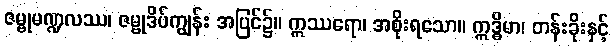
ဇမ္ဗုမဏ္ဍလဿ၊ ဇမ္ဗုဒိပ်ကျွန်း အပြင်၌။ ဣဿရော၊ အစိုးရသော။ ဣဒ္ဓိမာ၊ တန်းခိုးနှင့်